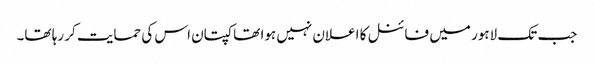
جب تک لاہور میں فائنل کا اعلان نہیں ہوا تھا کپتان اس کی حمایت کر رہا تھا۔